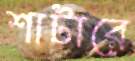
শাটারে